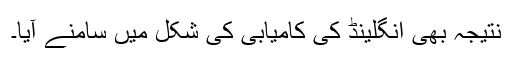
نتیجہ بھی انگلینڈ کی کامیابی کی شکل میں سامنے آیا۔